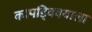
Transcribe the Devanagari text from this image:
कापड्विक्याला